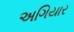
અગિયાર